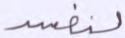
لنفسد